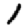
Digit: 1